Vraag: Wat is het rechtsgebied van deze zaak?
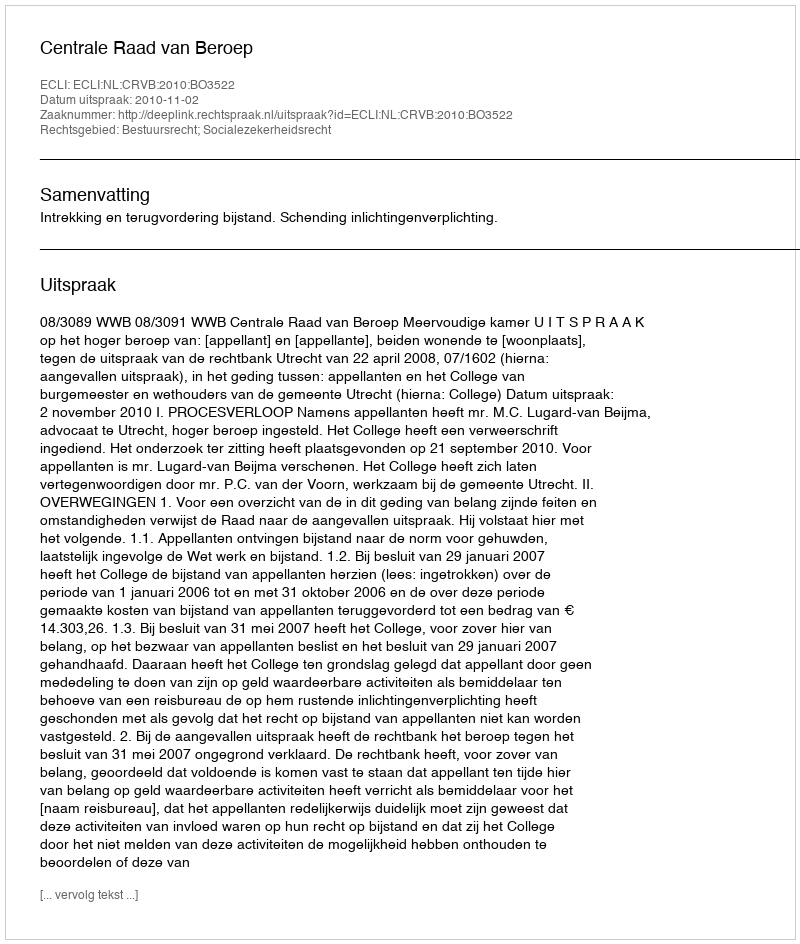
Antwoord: Bestuursrecht; Socialezekerheidsrecht